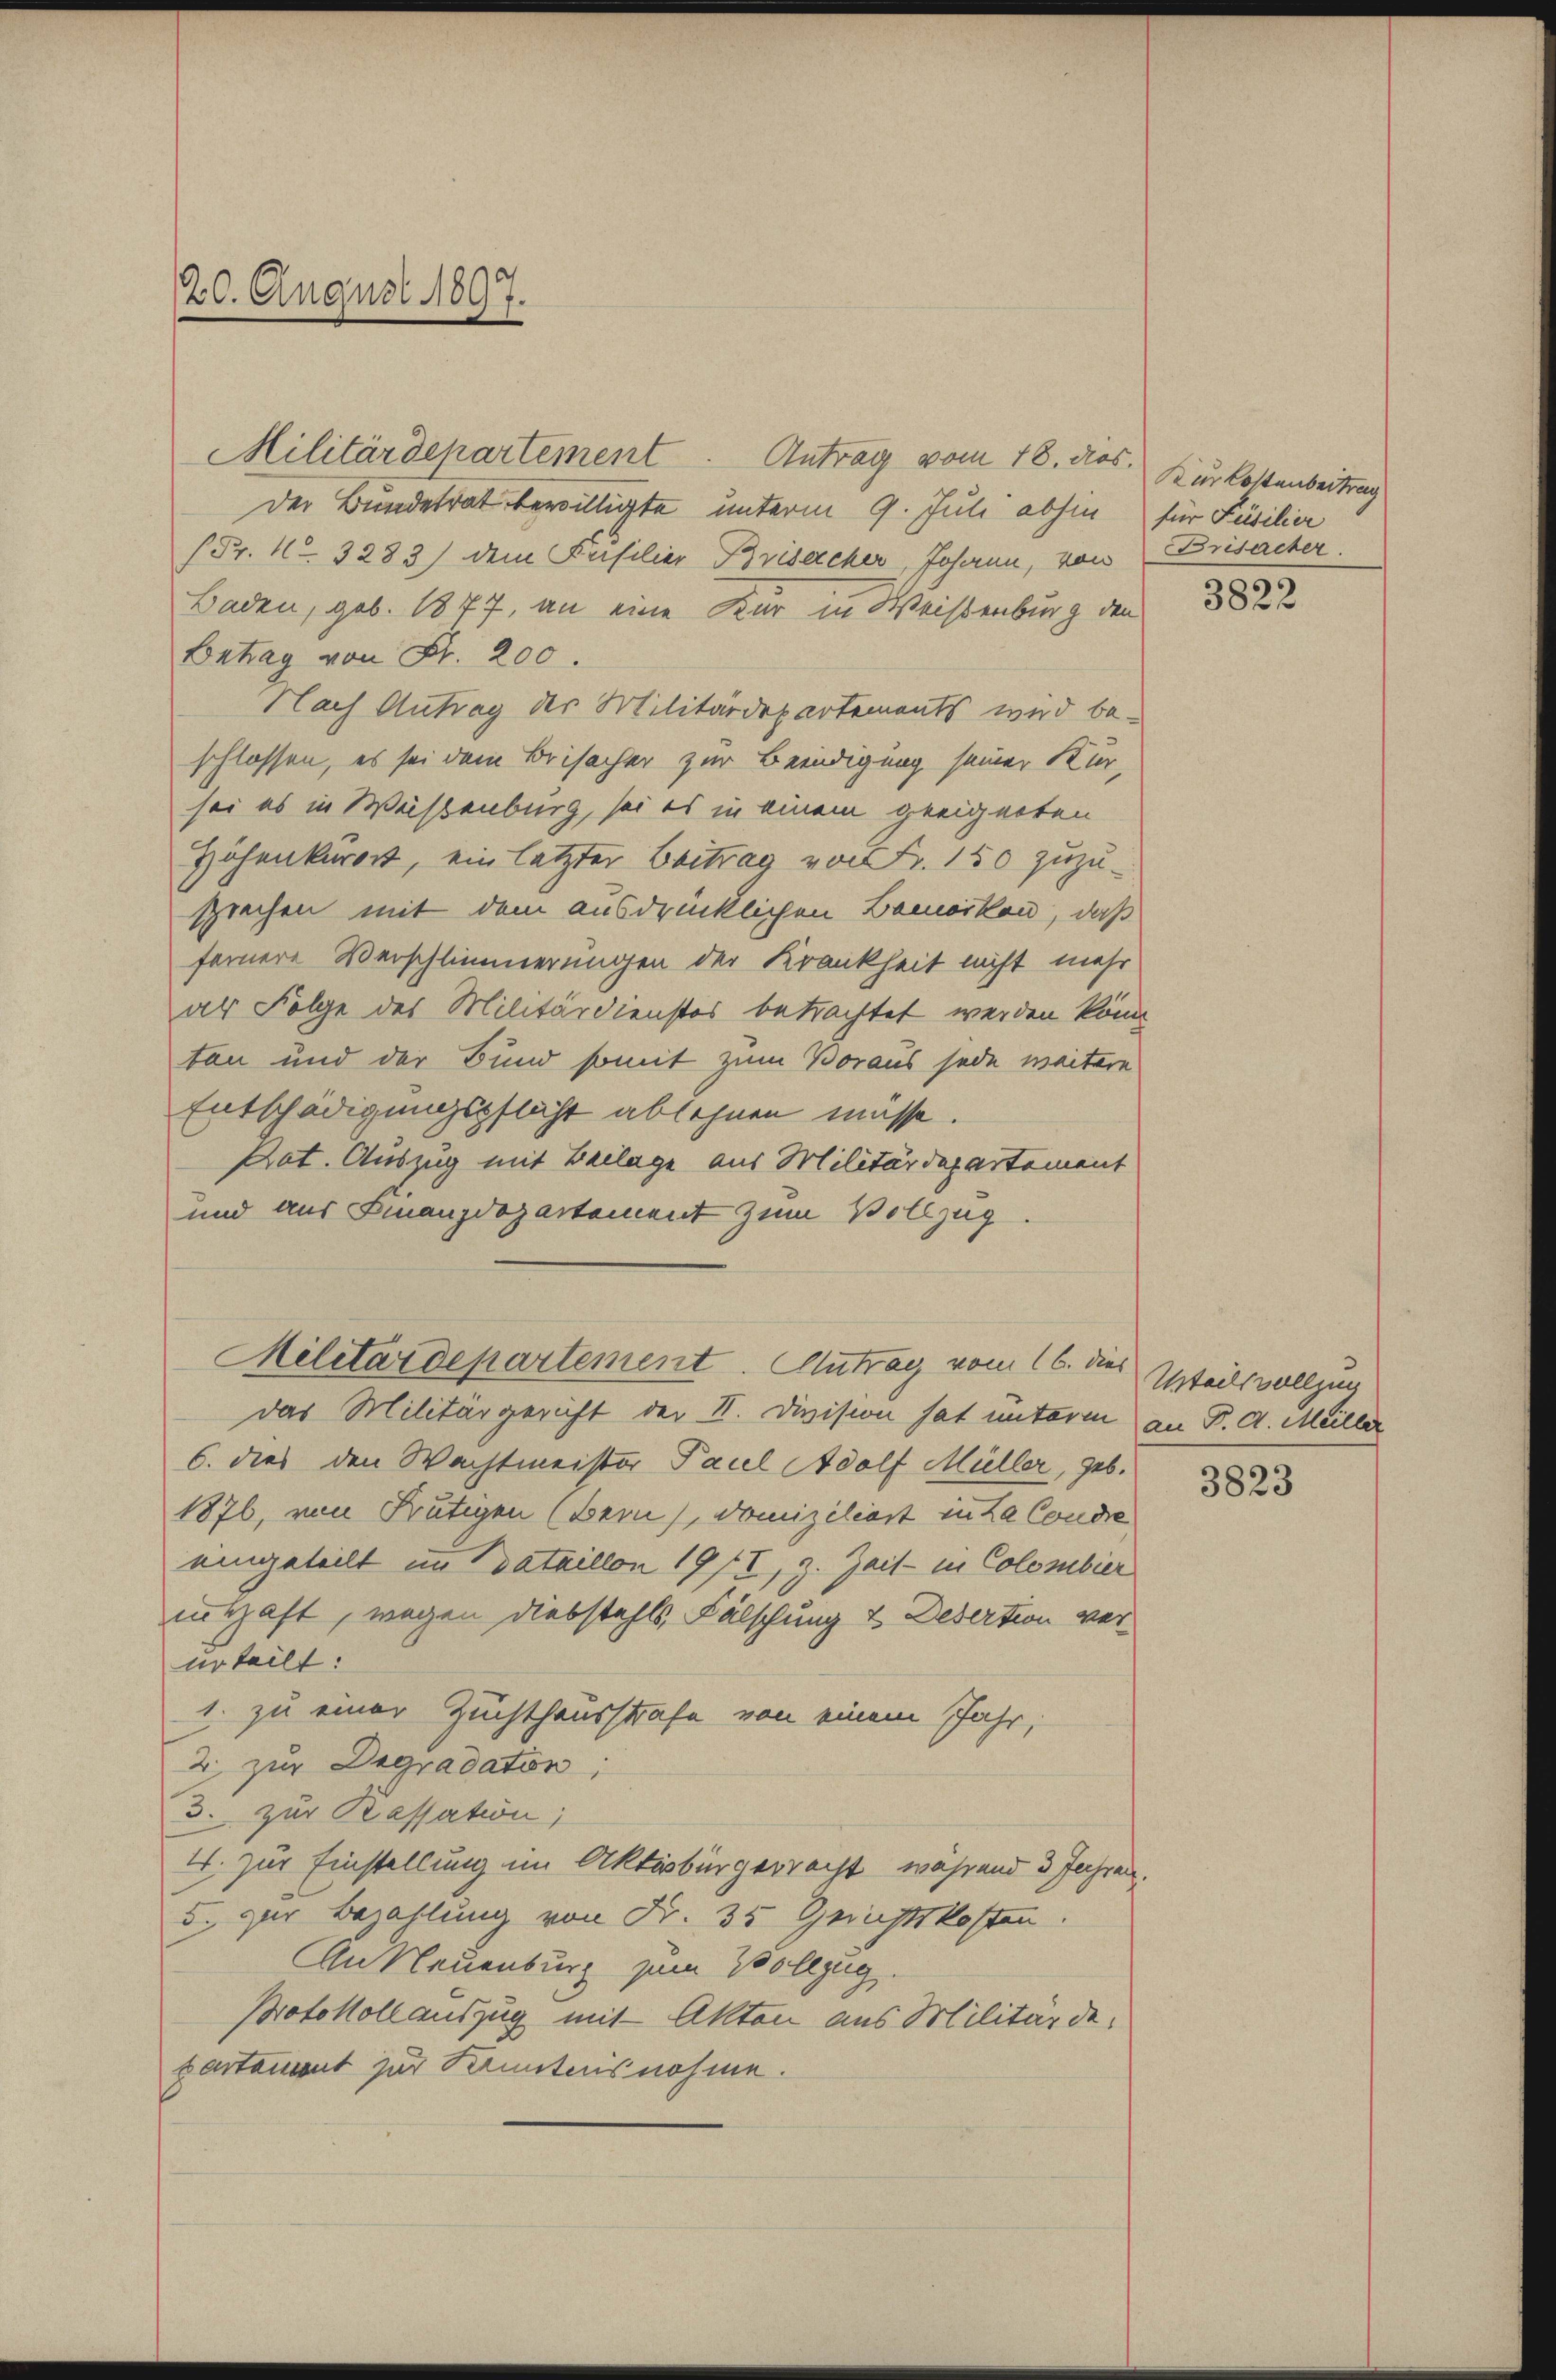
20. August 1897.

Militärdepartement. Antrag vom 18. des Kurkostenbeitrag
Der Bundesrat bewilligte unterm 9. Juli abhin für Püsilier
(Fr. No. 3283) dem Kasilier Brisacher, Johann, von
Baden, geb. 1877, an eine Kur in Weistenburg den
Betrag von Sr. 200.
Nach Antrag der Militärdepartements wird be-
schlossen, es sei dem Beisacher zur Beendigung seiner Kür-
sei es in Weistenburg, sei es in einem geeigneten
Höhenkerort, ein letzter Beitrag von Fr. 150 zuzu-
sprechen mit dem ausdrücklichen Bemerken, daß
fernere Verschlimmerungen der Krankheit nicht mehr
ar Folge des Militärdienstes betrachtet werden könn
tan und der Bund somit zum Voraus jede weitere
Entschädigungspflicht ablehnen müsse.
Rat. Auszug mit Beilage aus Militärdepartement
und aus Finanzdozartement zum Vollzug
Militärdepartement. Antrag vom 16. dies Urteilsvollzug
das Militärgericht der II. Division hat unterm an P. d. Meiller
6. dies den Wachtmeister Paul Adolf Müller, geb.
1876, von Frutigen (Bern), Domiziliert in La Condre
eingeteilt im Bataillon 19/I, 3. Zeit - in Colombier
uithaft, wegen Diebstahls Fälschung & Desertion verurteilt:
1. zu einer Zuchthausstrafe von einem Jahr,
2 zur Degradaton;
3. zur Kassation;
4. zur Einstellung im Aktivbürgerrecht, während 3 Jahren.
5. zur Bezahlung von Fr. 35 Gerichtskosten.
An Neuenburg zum Vollzug.
Protokoll auszug mit Akten aus Militärdepartement zur Kenntensnahme.

Brisacher.

3822

3823